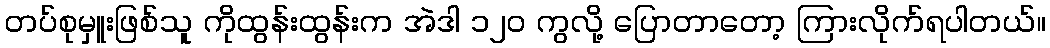
တပ်စုမှူးဖြစ်သူ ကိုထွန်းထွန်းက အဲဒါ ၁၂၀ ကွလို့ ပြောတာတော့ ကြားလိုက်ရပါတယ်။